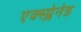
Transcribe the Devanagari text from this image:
एक्स्प्लेनेड